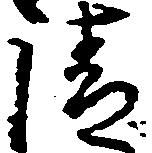
清